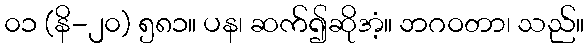
၀၁ (နိ-၂၀) ၅၈၁။ ပန၊ ဆက်၍ဆိုအံ့။ ဘဂဝတာ၊ သည်။